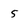
Character: 5